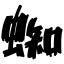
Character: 蜘